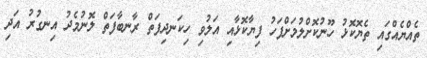
ތެއްޔެއްގައި ތެޔޮކޮޅު ހޫނުކޮށްލުމަށްފަހު ފިޔާކޮޅާއި އަލުވި ހިކަނދިފަތް ރާނބާފަތް ލޮނުމެދު އިނގުރު އަދި